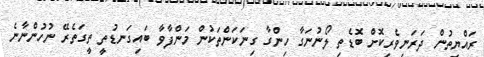
ރައްޔިތުން ދަރަނިވެރިކޮށް ބޮޑެތި ލޯނުނަގާ ހިންގާ ގިނަކަންތަކުން މަންފާވާ ބައިގަނޑުތީ ތީގަތެރޭ ނުހުންނާނެ